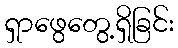
ရှာဖွေတွေ့ရှိခြင်း